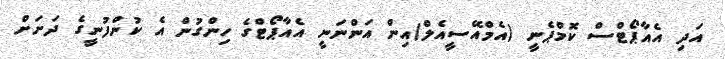
އަދި އެއާޕޯޓްސް ކޮމްޕެނީ (އެމްއޭސީއެލް)އިން އަންނަނީ އެއާޕޯޓްގެ ހިންގުން އެ ކުންފުނީގެ ދަށަށް